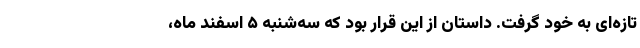
تازه‌ای به خود گرفت. داستان از این قرار بود که سه‌شنبه ۵ اسفند ماه،